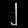
Digit: ၂